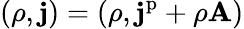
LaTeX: (\rho,\mathbf{j})=(\rho,\mathbf{j}^{\mathrm{p}}+\rho\mathbf{A})